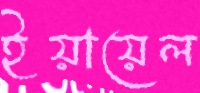
ইয়ায়েল